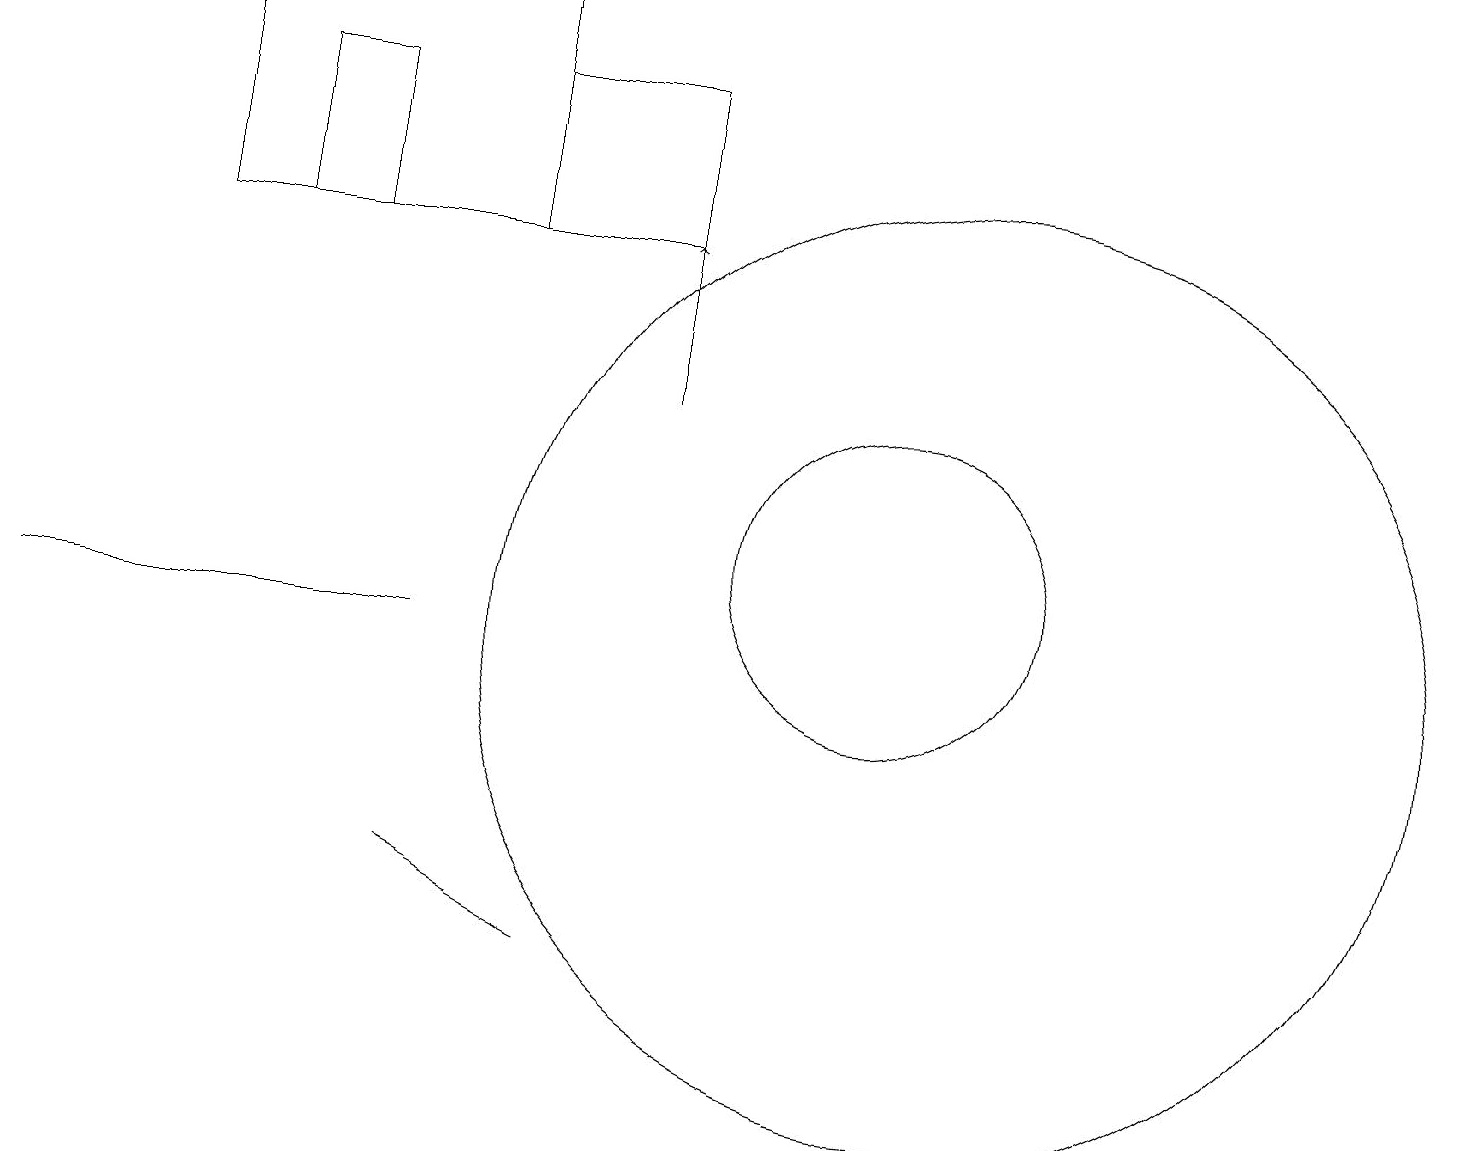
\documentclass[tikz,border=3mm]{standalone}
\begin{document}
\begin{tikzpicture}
\draw (5,10) rectangle (0,10);
\draw (8,15) rectangle (6,17);
\draw (12,10) circle (6);
\draw (3,17) rectangle (4,15);
\draw (2,18) rectangle (6,15);
\draw (7,6) -- (7,6) -- (5,7) -- cycle;
\draw (11,11) circle (2);
\draw[->] (8,13) -- (8,15);
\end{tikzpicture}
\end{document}